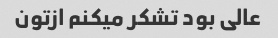
عالی بود تشکر میکنم ازتون